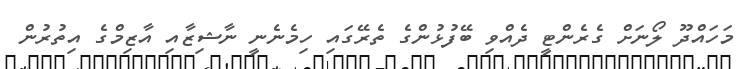
މަހައްދޫ ލޯނަށް ގެރެންޓީ ދެއްވި ބޭފުޅުންގެ ތެރޭގައި ހިމެނެނީ ނާޝިޒާއި އާޒިމްގެ އިތުރުން